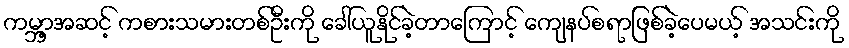
ကမ္ဘာ့အဆင့် ကစားသမားတစ်ဦးကို ခေါ်ယူနိုင်ခဲ့တာကြောင့် ကျေနပ်စရာဖြစ်ခဲ့ပေမယ့် အသင်းကို